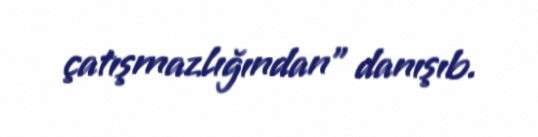
çatışmazlığından” danışıb.